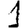
Digit: 1